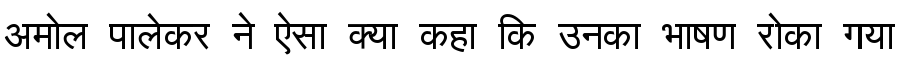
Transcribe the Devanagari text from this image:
अमोल पालेकर ने ऐसा क्या कहा कि उनका भाषण रोका गया